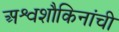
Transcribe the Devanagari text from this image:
अश्वशौकिनांची